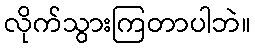
လိုက်သွားကြတာပါဘဲ။